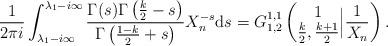
LaTeX: \begin{align*}\frac{1}{2 \pi i} \int_{\lambda_1 - i \infty}^{\lambda_1 - i \infty} \frac{ \Gamma(s) \Gamma\left(\frac{k}{2}-s \right)}{\Gamma\left(\frac{1-k}{2} +s \right) } X_n^{-s} {\rm d}s = G_{1,2}^{1,1} \left(\begin{matrix} 1 \\ \frac{k}{2},\frac{k+1}{2} \end{matrix} \Big| \frac{1}{X_n}\right).\end{align*}